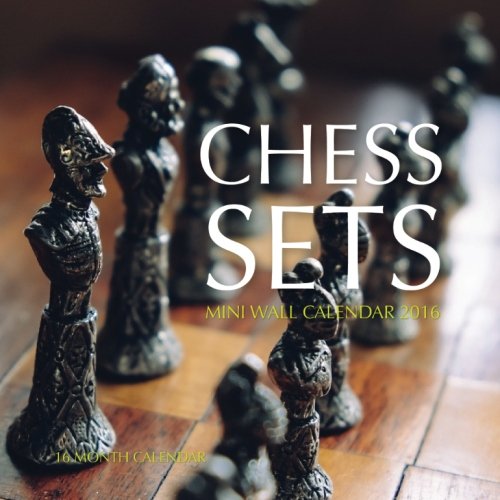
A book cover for Chess Sets Mini Wall Calendar 2016: 16 Month Calendar; Jack Smith; Calendars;